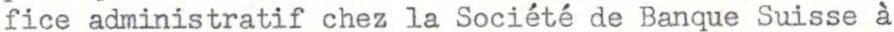
fice administratif chez la Société de Banque Suisse à